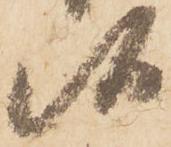
候